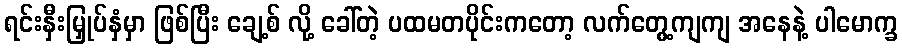
ရင်းနှီးမြှုပ်နှံမှာ ဖြစ်ပြီး ချေ့စ် လို့ ခေါ်တဲ့ ပထမတပိုင်းကတော့ လက်တွေ့ကျကျ အနေနဲ့ ပါမောက္ခ